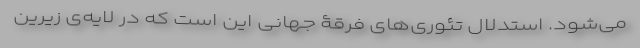
می‌شود. استدلال تئوری‌های فرقۀ جهانی این است که در لایه‌ی زیرینِ